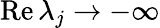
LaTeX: \mathrm{Re}\, \lambda_{j}\to-\infty